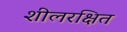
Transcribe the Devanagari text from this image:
शीलरक्षित